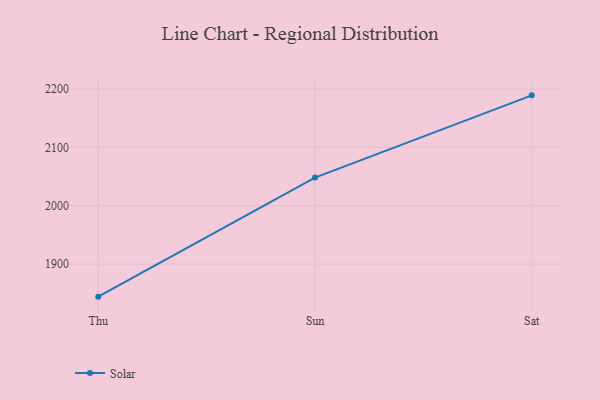
{"axis": {"x": "Day", "y": "Temperature (°C)"}, "legend": ["Solar"], "data": [{"x": "Thu", "y": 1844.1, "type": "Solar"}, {"x": "Sun", "y": 2048.3, "type": "Solar"}, {"x": "Sat", "y": 2189.3, "type": "Solar"}]}